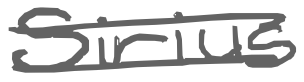
Text: Sirius
Cross-out: double-line
Writing tool: digital_gray